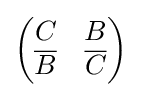
{\begin{pmatrix}C&B\\{\overline {B}}&{\overline {C}}\\\end{pmatrix}}